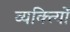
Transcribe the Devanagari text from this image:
व्यक्त्याेिं